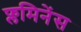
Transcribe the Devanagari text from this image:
फ्लमिनेंस